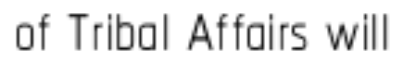
of Tribal Affairs will